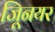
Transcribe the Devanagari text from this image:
जूिनयर